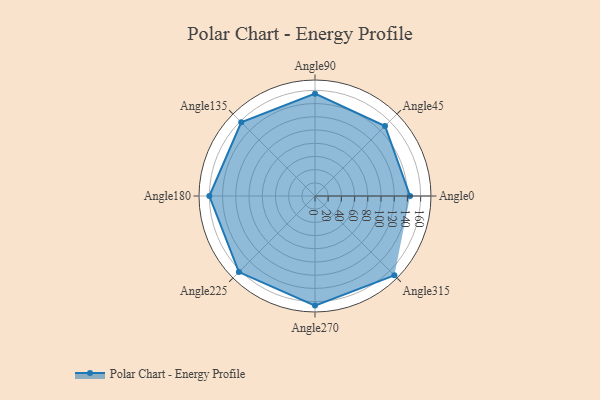
{"axis": {"x": "Angle", "y": "Radius"}, "legend": [""], "data": [{"x": "Angle0", "y": 144.0, "type": ""}, {"x": "Angle45", "y": 150.0, "type": ""}, {"x": "Angle90", "y": 155.0, "type": ""}, {"x": "Angle135", "y": 158.0, "type": ""}, {"x": "Angle180", "y": 160.0, "type": ""}, {"x": "Angle225", "y": 163.0, "type": ""}, {"x": "Angle270", "y": 166.0, "type": ""}, {"x": "Angle315", "y": 170.0, "type": ""}]}